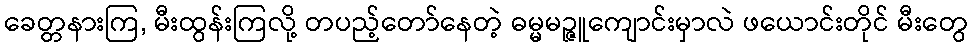
ခေတ္တနားကြ, မီးထွန်းကြလို့ တပည့်တော်နေတဲ့ ဓမ္မမဉ္ဇူကျောင်းမှာလဲ ဖယောင်းတိုင် မီးတွေ